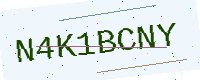
Text: N4K1BCNY